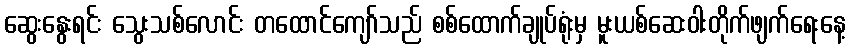
ဆွေးနွေးရင်း သွေးသစ်လောင်း တထောင်ကျော်သည် စစ်ထောက်ချုပ်ရုံးမှ မူးယစ်ဆေးဝါးတိုက်ဖျက်ရေးနေ့